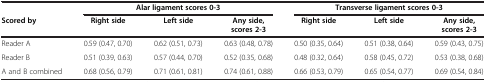
|  | <COLSPAN=3> Alar ligament scores 0-3 | <COLSPAN=3> Transverse ligament scores 0-3 |
 | Scored by | Right side | Left side | Any side, scores 2-3 | Right side | Left side | Any side, scores 2-3 |
 | --- | --- | --- | --- | --- | --- | --- |
 | Reader A | 0.59 (0.47, 0.70) | 0.62 (0.51, 0.73) | 0.63 (0.48, 0.78) | 0.50 (0.35, 0.64) | 0.51 (0.38, 0.64) | 0.59 (0.43, 0.75) |
 | Reader B | 0.51 (0.39, 0.63) | 0.57 (0.44, 0.70) | 0.52 (0.35, 0.68) | 0.48 (0.32, 0.64) | 0.58 (0.45, 0.72) | 0.53 (0.38, 0.68) |
 | A and B combined | 0.68 (0.56, 0.79) | 0.71 (0.61, 0.81) | 0.74 (0.61, 0.88) | 0.66 (0.53, 0.79) | 0.65 (0.54, 0.77) | 0.69 (0.54, 0.84) |